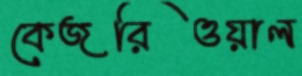
কেজরিওয়াল